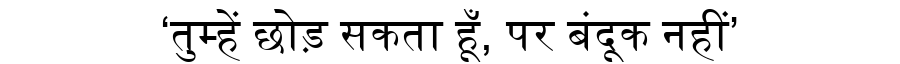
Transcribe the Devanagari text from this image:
‘तुम्हें छोड़ सकता हूँ, पर बंदूक नहीं’